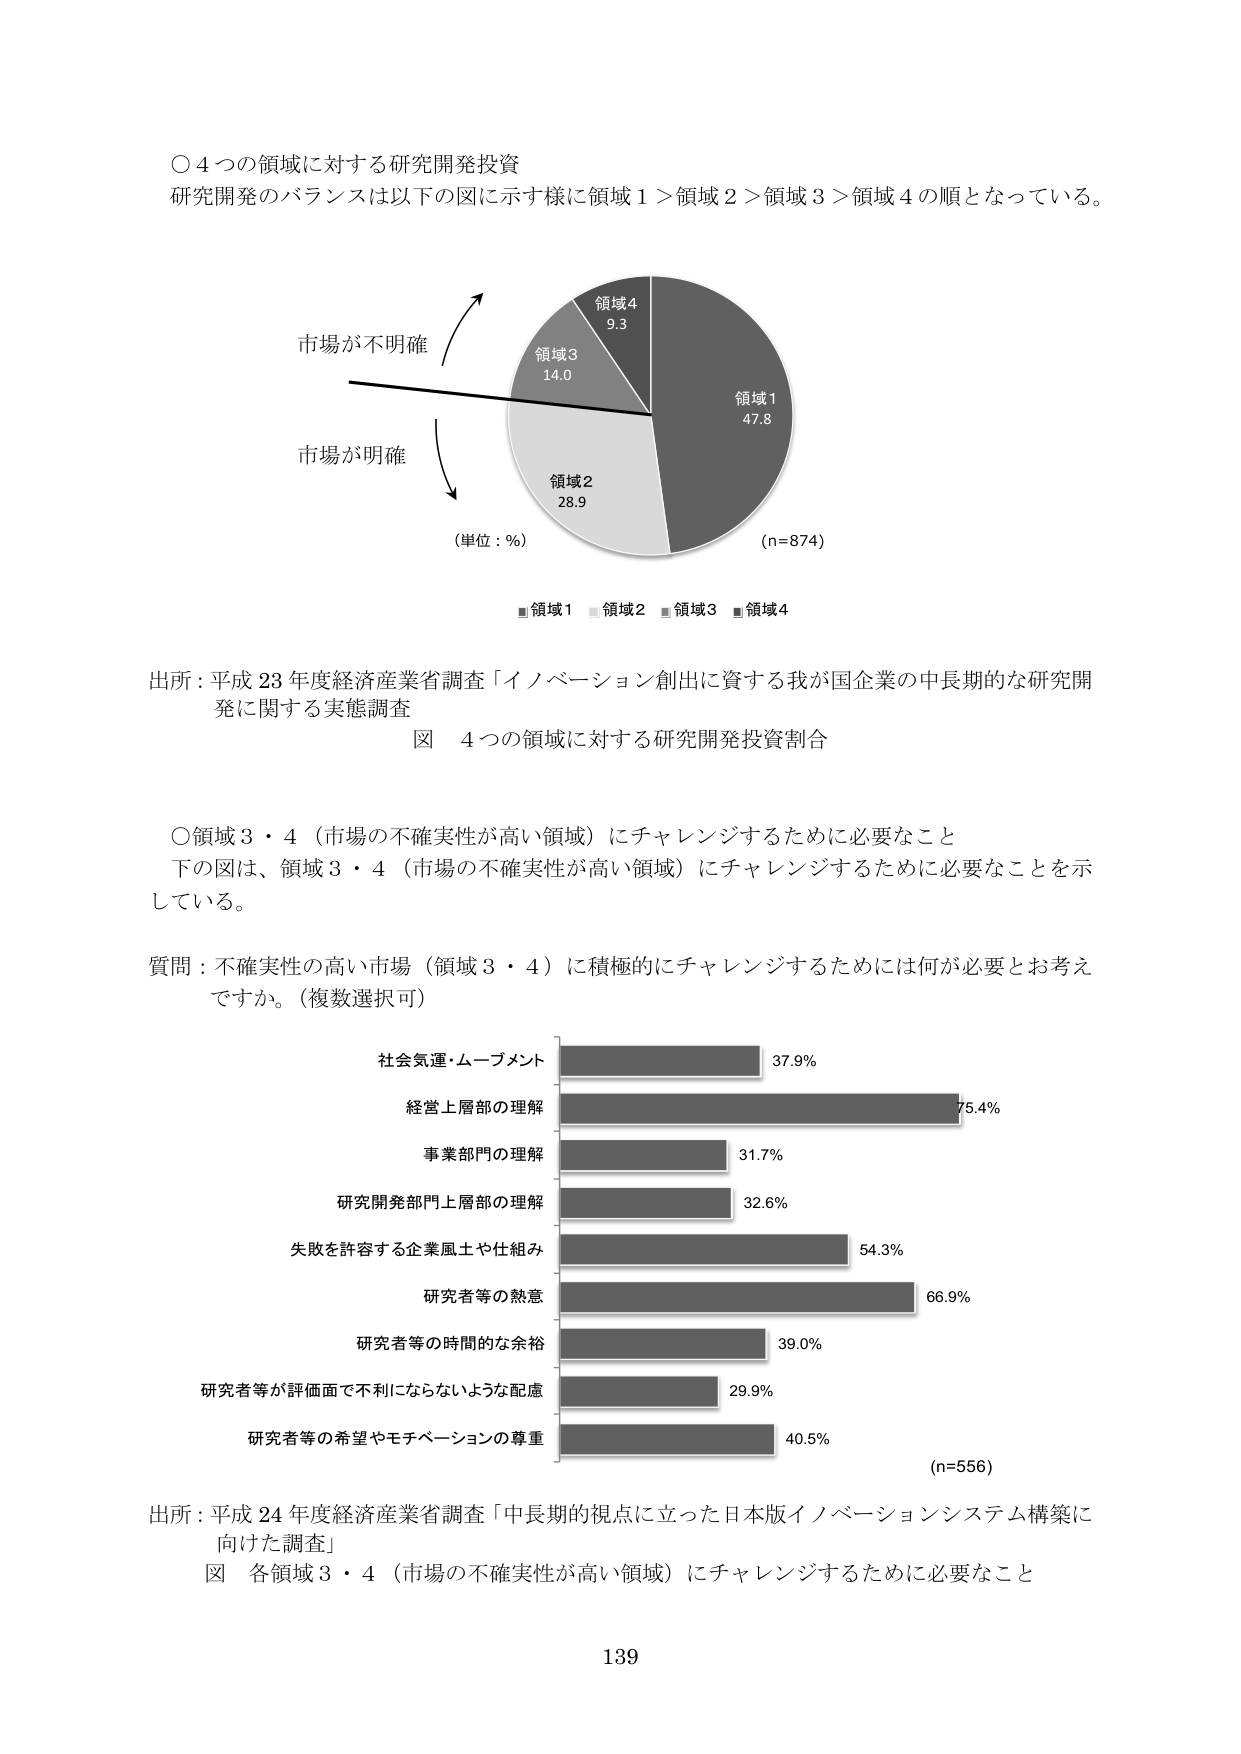
○ 4つの領域に対する研究開発投資
研究開発のバランスは以下の図に示す様に領域1＞領域2＞領域3＞領域4の順となっている。

市場が不明確
市場が明確
（単位：%）
領域4 9.3
領域3 14.0
領域2 28.9
領域1 47.8
(n=874)
■領域1 ■領域2 ■領域3 ■領域4

出所：平成23年度経済産業省調査「イノベーション創出に資する我が国企業の中長期的な研究開発に関する実態調査」
図 4つの領域に対する研究開発投資割合

○領域3・4（市場の不確実性が高い領域）にチャレンジするために必要なこと
下の図は、領域3・4（市場の不確実性が高い領域）にチャレンジするために必要なことを示している。

質問：不確実性の高い市場（領域3・4）に積極的にチャレンジするためには何が必要とお考えですか。（複数選択可）

社会気運・ムーブメント 37.9%
経営上層部の理解 75.4%
事業部門の理解 31.7%
研究開発部門上層部の理解 32.6%
失敗を許容する企業風土や仕組み 54.3%
研究者等の熱意 66.9%
研究者等の時間的な余裕 39.0%
研究者等が評価面で不利にならないような配慮 29.9%
研究者等の希望やモチベーションの尊重 40.5%
(n=556)

出所：平成24年度経済産業省調査「中長期的視点に立った日本版イノベーションシステム構築に向けた調査」
図 各領域3・4（市場の不確実性が高い領域）にチャレンジするために必要なこと

139